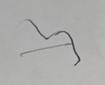
Signature authenticity: forged